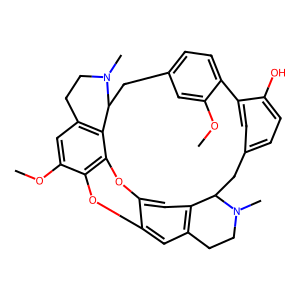
SMILES: COc1cc2ccc1-c1cc(ccc1O)CC1c3cc4c(cc3CCN1C)Oc1c(OC)cc3c(c1O4)C(C2)N(C)CC3
Inhibits HIV replication: No